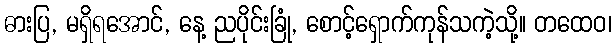
ဓားပြ, မရှိရအောင်, နေ့ ညပိုင်းခြုံ, စောင့်ရှောက်ကုန်သကဲ့သို့။ တထေဝ၊